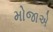
મોજાએ